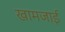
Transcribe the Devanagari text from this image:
खामजाई